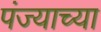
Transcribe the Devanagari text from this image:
पंज्याच्या